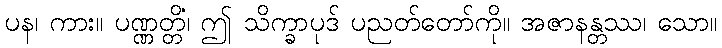
ပန၊ ကား။ ပဏ္ဏတ္တိံ၊ ဤ သိက္ခာပုဒ် ပညတ်တော်ကို။ အဇာနန္တဿ၊ သော။